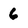
Character: 6